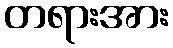
တရားအား